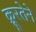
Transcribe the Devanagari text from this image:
क्रूरतेने